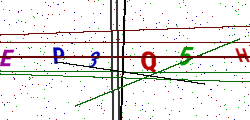
Text: EP3Q5H